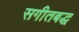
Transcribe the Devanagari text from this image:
सगीतबद्ध